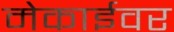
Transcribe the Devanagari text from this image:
मेकाईवर